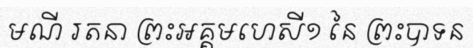
មណី រតនា ព្រះអគ្គមហេសី១ នៃ ព្រះបាទន